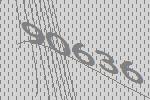
90636